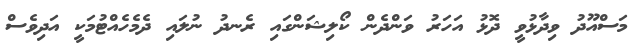
މަސްއޫދު ވިދާޅުވީ ދޮޅު އަހަރު ވަންދެން ކޯލިޝަންގައި ރެނދު ނުލައި ދެމެހެއްޓުމަކީ އަދިވެސް